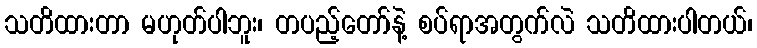
သတိထားတာ မဟုတ်ပါဘူး၊ တပည့်တော်နဲ့ စပ်ရာအတွက်လဲ သတိထားပါတယ်၊